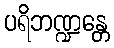
ပရိဘဏ္ဍန္တေ